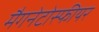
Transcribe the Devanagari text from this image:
मैगनेटोस्फीयर